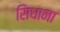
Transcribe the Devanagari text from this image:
सिधाना